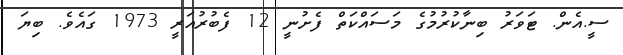
ސީ.އެން. ޓަވަރު ބިނާކުރުމުގެ މަސައްކަތް ފެށުނީ 12 ފެބުރުއަރީ 1973 ގައެވެ. ބިޔަ